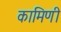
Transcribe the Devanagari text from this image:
कामिणी